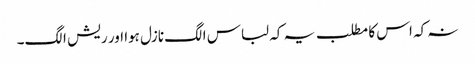
نہ کہ اس کا مطلب یہ کہ لباس الگ نازل ہوا اور ریش الگ۔